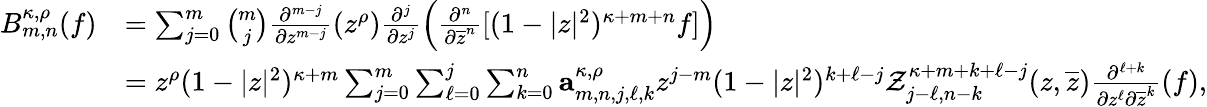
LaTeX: \begin{array}{rl}{B_{m,n}^{\kappa,\rho}(f)}&{=\sum_{j=0}^{m}\binom{m}{j}\frac{\partial^{m-j}}{\partial{z^{m-j}}}(z^{\rho})\frac{\partial^{j}}{\partial{z^{j}}}\left(\frac{\partial^{n}}{\partial{\overline{{z}}^{n}}}[(1-|z|^{2})^{\kappa+m+n}f]\right)}\\ &{=z^{\rho}(1-|z|^{2})^{\kappa+m}\sum_{j=0}^{m}\sum_{\ell=0}^{j}\sum_{k=0}^{n}\mathbf{a}_{m,n,j,\ell,k}^{\kappa,\rho}z^{j-m}(1-|z|^{2})^{k+\ell-j}\mathcal{Z}_{j-\ell,n-k}^{\kappa+m+k+\ell-j}(z,\overline{{z}})\frac{\partial^{\ell+k}}{\partial z^{\ell}\partial\overline{{z}}^{k}}(f),}\end{array}